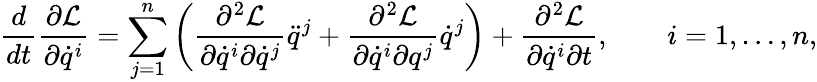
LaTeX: {\frac{d}{dt}}{\frac{\partial{\cal{L}}}{\partial{\dot{q}}^{i}}}=\sum_{j=1}^{n}\left({\frac{\partial^{2}{\cal{L}}}{\partial{\dot{q}}^{i}\partial{\dot{q}}^{j}}}{\ddot{q}}^{j}+{\frac{\partial^{2}{\cal{L}}}{\partial{\dot{q}}^{i}\partial{q}^{j}}}{\dot{q}}^{j}\right)+{\frac{\partial^{2}{\cal{L}}}{\partial{\dot{q}}^{i}\partial t}},\qquad i=1,\ldots,n,